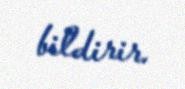
bildirir.